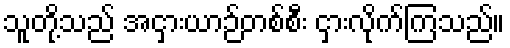
သူတို့သည် အငှားယာဉ်တစ်စီး ငှားလိုက်ကြသည်။